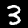
Label: 3